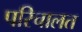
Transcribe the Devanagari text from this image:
परिचालत